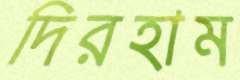
দিরহাম